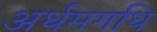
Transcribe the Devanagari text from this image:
अर्धमगधि